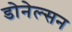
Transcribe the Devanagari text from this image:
डोनेल्सन